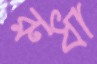
রুধা